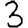
Digit: 3